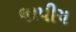
લાપીચ